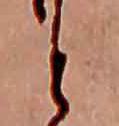
と